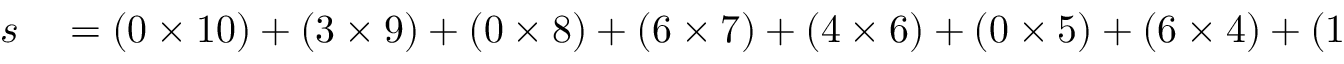
\begin{array} { r l } { s } & { { } = ( 0 \times 1 0 ) + ( 3 \times 9 ) + ( 0 \times 8 ) + ( 6 \times 7 ) + ( 4 \times 6 ) + ( 0 \times 5 ) + ( 6 \times 4 ) + ( 1 \times 3 ) + ( 5 \times 2 ) + ( 2 \times 1 ) } \end{array}